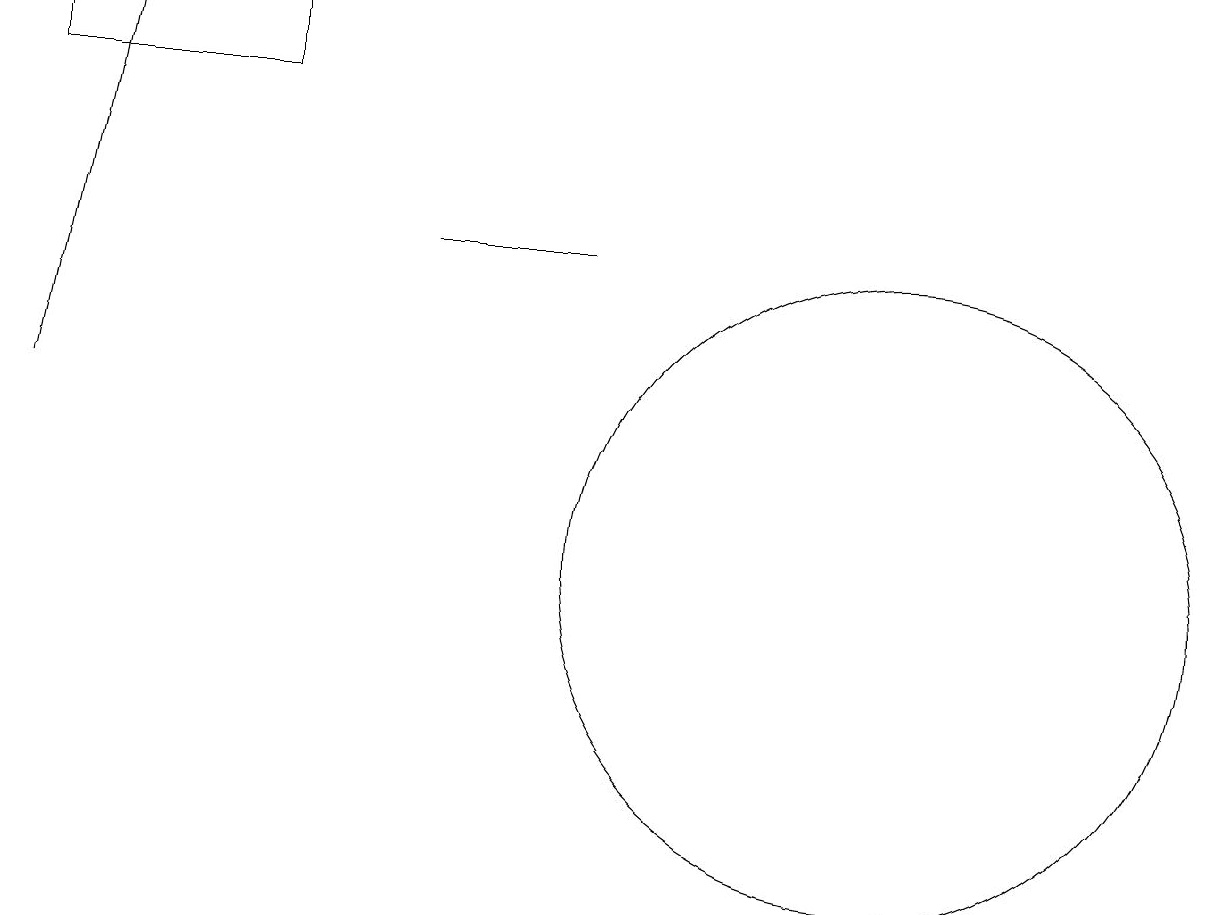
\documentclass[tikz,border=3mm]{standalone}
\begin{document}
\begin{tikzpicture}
\draw (3,18) rectangle (0,17);
\draw (5,15) rectangle (7,15);
\draw (11,11) circle (4);
\draw[->] (0,13) -- (1,18);
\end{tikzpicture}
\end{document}